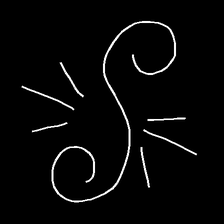
Glyph: wind-directs-air